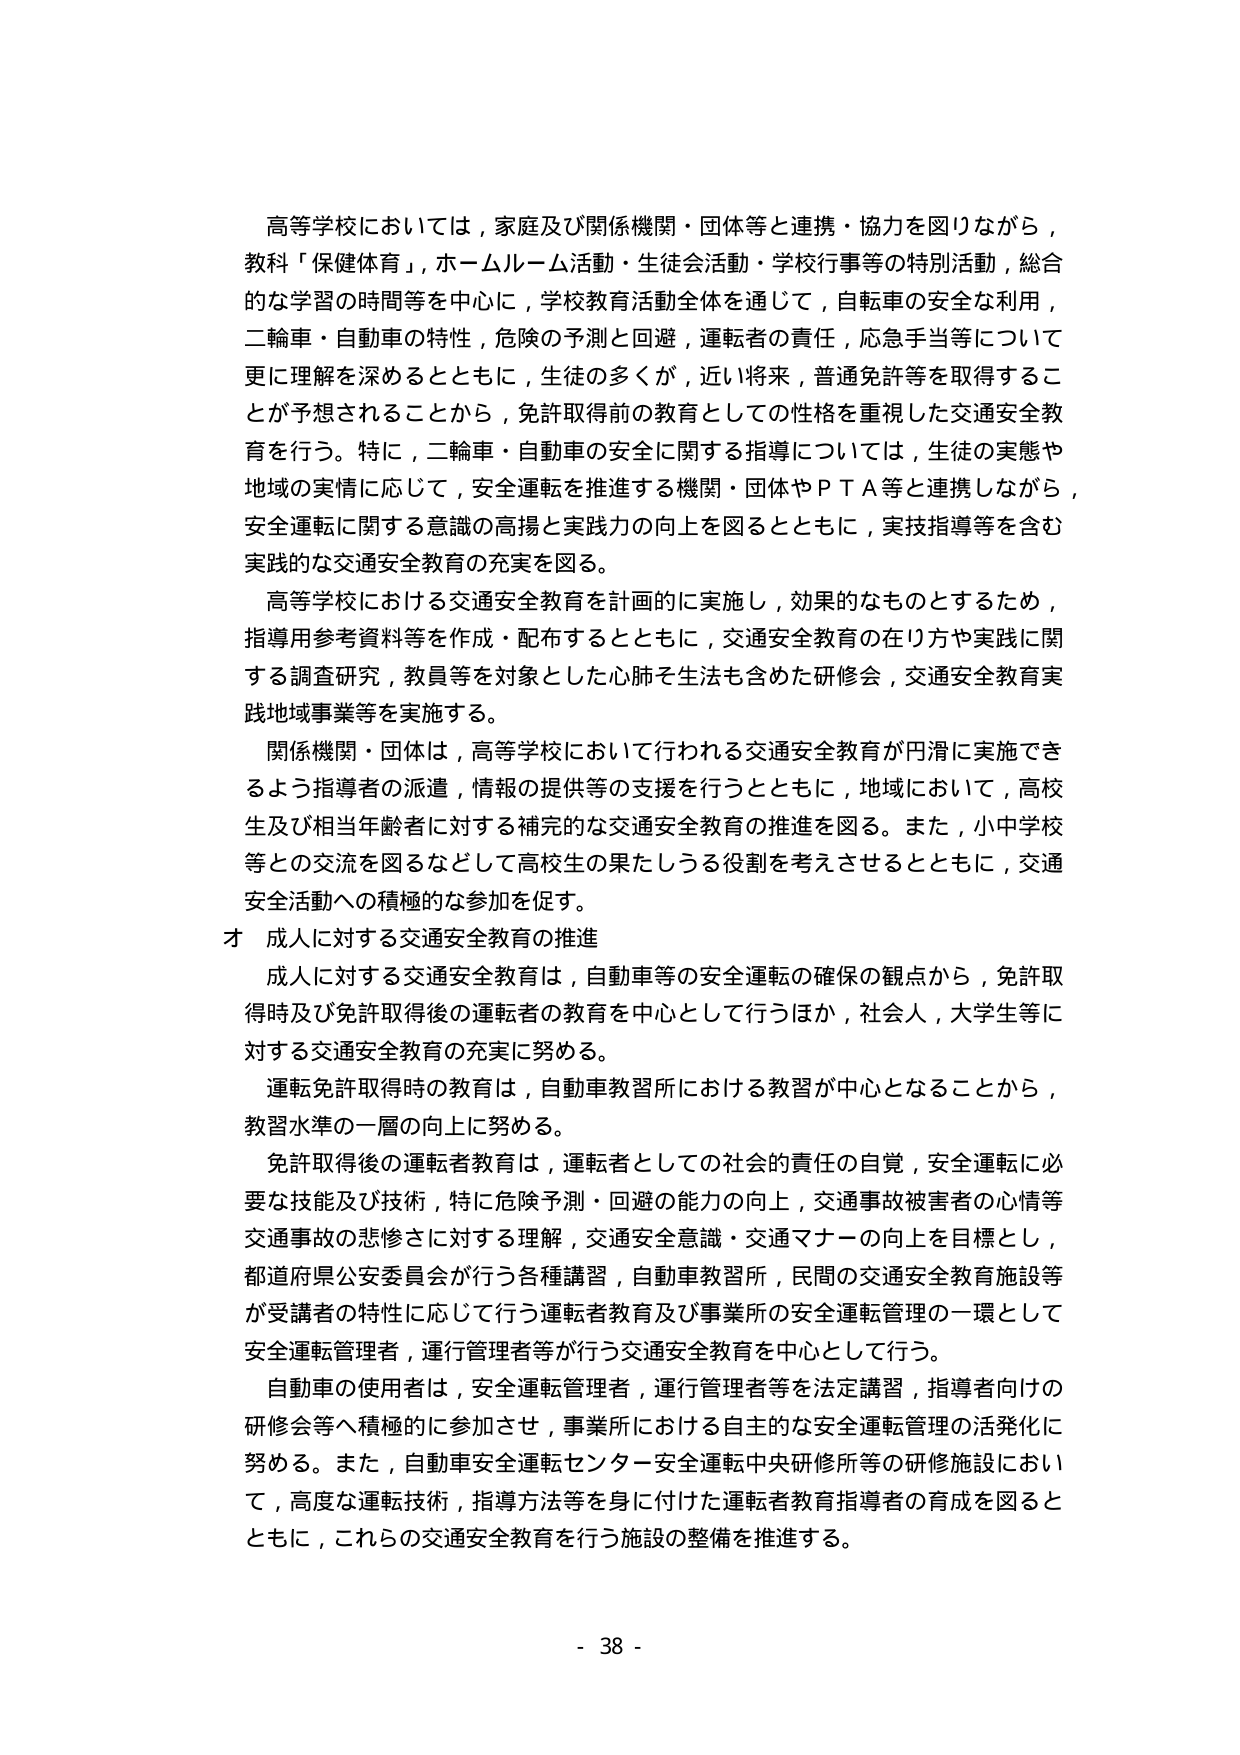
高等学校においては，家庭及び関係機関・団体等と連携・協力を図りながら，
教科「保健体育」，ホームルーム活動・生徒会活動・学校行事等の特別活動，総合
的な学習の時間等を中心に，学校教育活動全体を通じて，自転車の安全な利用，
二輪車・自動車の特性，危険の予測と回避，運転者の責任，応急手当等について
更に理解を深めるとともに，生徒の多くが，近い将来，普通免許等を取得するこ
とが予想されることから，免許取得前の教育としての性格を重視した交通安全教
育を行う。特に，二輪車・自動車の安全に関する指導については，生徒の実態や
地域の実情に応じて，安全運転を推進する機関・団体やＰＴＡ等と連携しながら，
安全運転に関する意識の高揚と実践力の向上を図るとともに，実技指導等を含む
実践的な交通安全教育の充実を図る。

高等学校における交通安全教育を計画的に実施し，効果的なものとするため，
指導用参考資料等を作成・配布するとともに，交通安全教育の在り方や実践に関
する調査研究，教員等を対象とした心肺を生活も含めた研修会，交通安全教育実
践地域事業等を実施する。

関係機関・団体は，高等学校において行われる交通安全教育が円滑に実施でき
るよう指導者の派遣，情報の提供等の支援を行うとともに，地域において，高校
生及び相当年齢者に対する補完的な交通安全教育の推進を図る。また，小中学校
等との交流を図るなどして高校生の果たしうる役割を考えさせるとともに，交通
安全活動への積極的な参加を促す。

オ 成人に対する交通安全教育の推進

成人に対する交通安全教育は，自動車等の安全運転の確保の観点から，免許取
得時及び免許取得後の運転者の教育を中心として行うほか，社会人，大学生等に
対する交通安全教育の充実に努める。

運転免許取得時の教育は，自動車教習所における教習が中心となることから，
教習水準の一層の向上に努める。

免許取得後の運転者教育は，運転者としての社会的責任の自覚，安全運転に必
要な技能及び技術，特に危険予測・回避の能力の向上，交通事故被害者の心情等
交通事故の悲惨さに対する理解，交通安全意識・交通マナーの向上を目標とし，
都道府県公安委員会が行う各種講習，自動車教習所，民間の交通安全教育施設等
が受講者の特性に応じて行う運転者教育及び事業所の安全運転管理の一環として
安全運転管理者，運行管理者等が行う交通安全教育を中心として行う。

自動車の使用者は，安全運転管理者，運行管理者等を法定講習，指導者向けの
研修会等へ積極的に参加させ，事業所における自主的な安全運転管理の活発化に
努める。また，自動車安全運転センター安全運転中央研修所等の研修施設におい
て，高度な運転技術，指導方法等を身に付けた運転者教育指導者の育成を図ると
ともに，これらの交通安全教育を行う施設の整備を推進する。

- 38 -